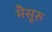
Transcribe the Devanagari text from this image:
मैसूरु